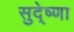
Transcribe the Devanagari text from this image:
सुदे्ष्णा